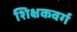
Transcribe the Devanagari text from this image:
शिक्षकवर्ग